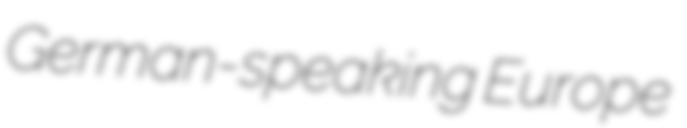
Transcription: German-speaking Europe